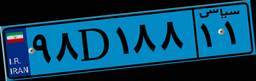
۱۴D۹۳۹۴۰